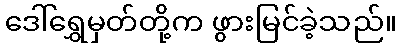
ဒေါ်ရွှေမှတ်တို့က ဖွားမြင်ခဲ့သည်။